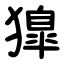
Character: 獋